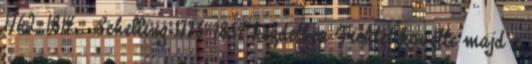
1762–1814 . Schelling 1775–1854 kezdetben Fichtét követte majd a